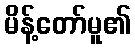
မိန့်တော်မူ၏